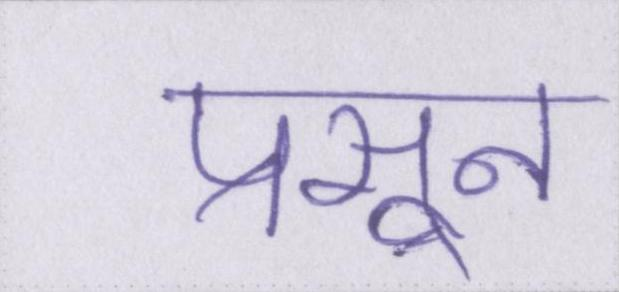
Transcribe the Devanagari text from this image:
प्रसून